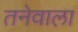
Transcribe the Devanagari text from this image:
तनेवाला